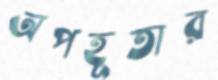
অপহূতার